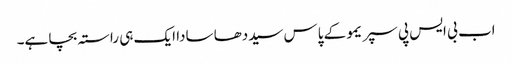
اب بی ایس پی سپریمو کے پاس سیددھا سادا ایک ہی راستہ بچا ہے۔